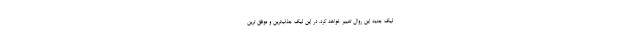
لیگ جدید این روال تغییر خواهد کرد. در این لیگ جذاب‌ترین و موفق ترین